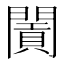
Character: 𨶛